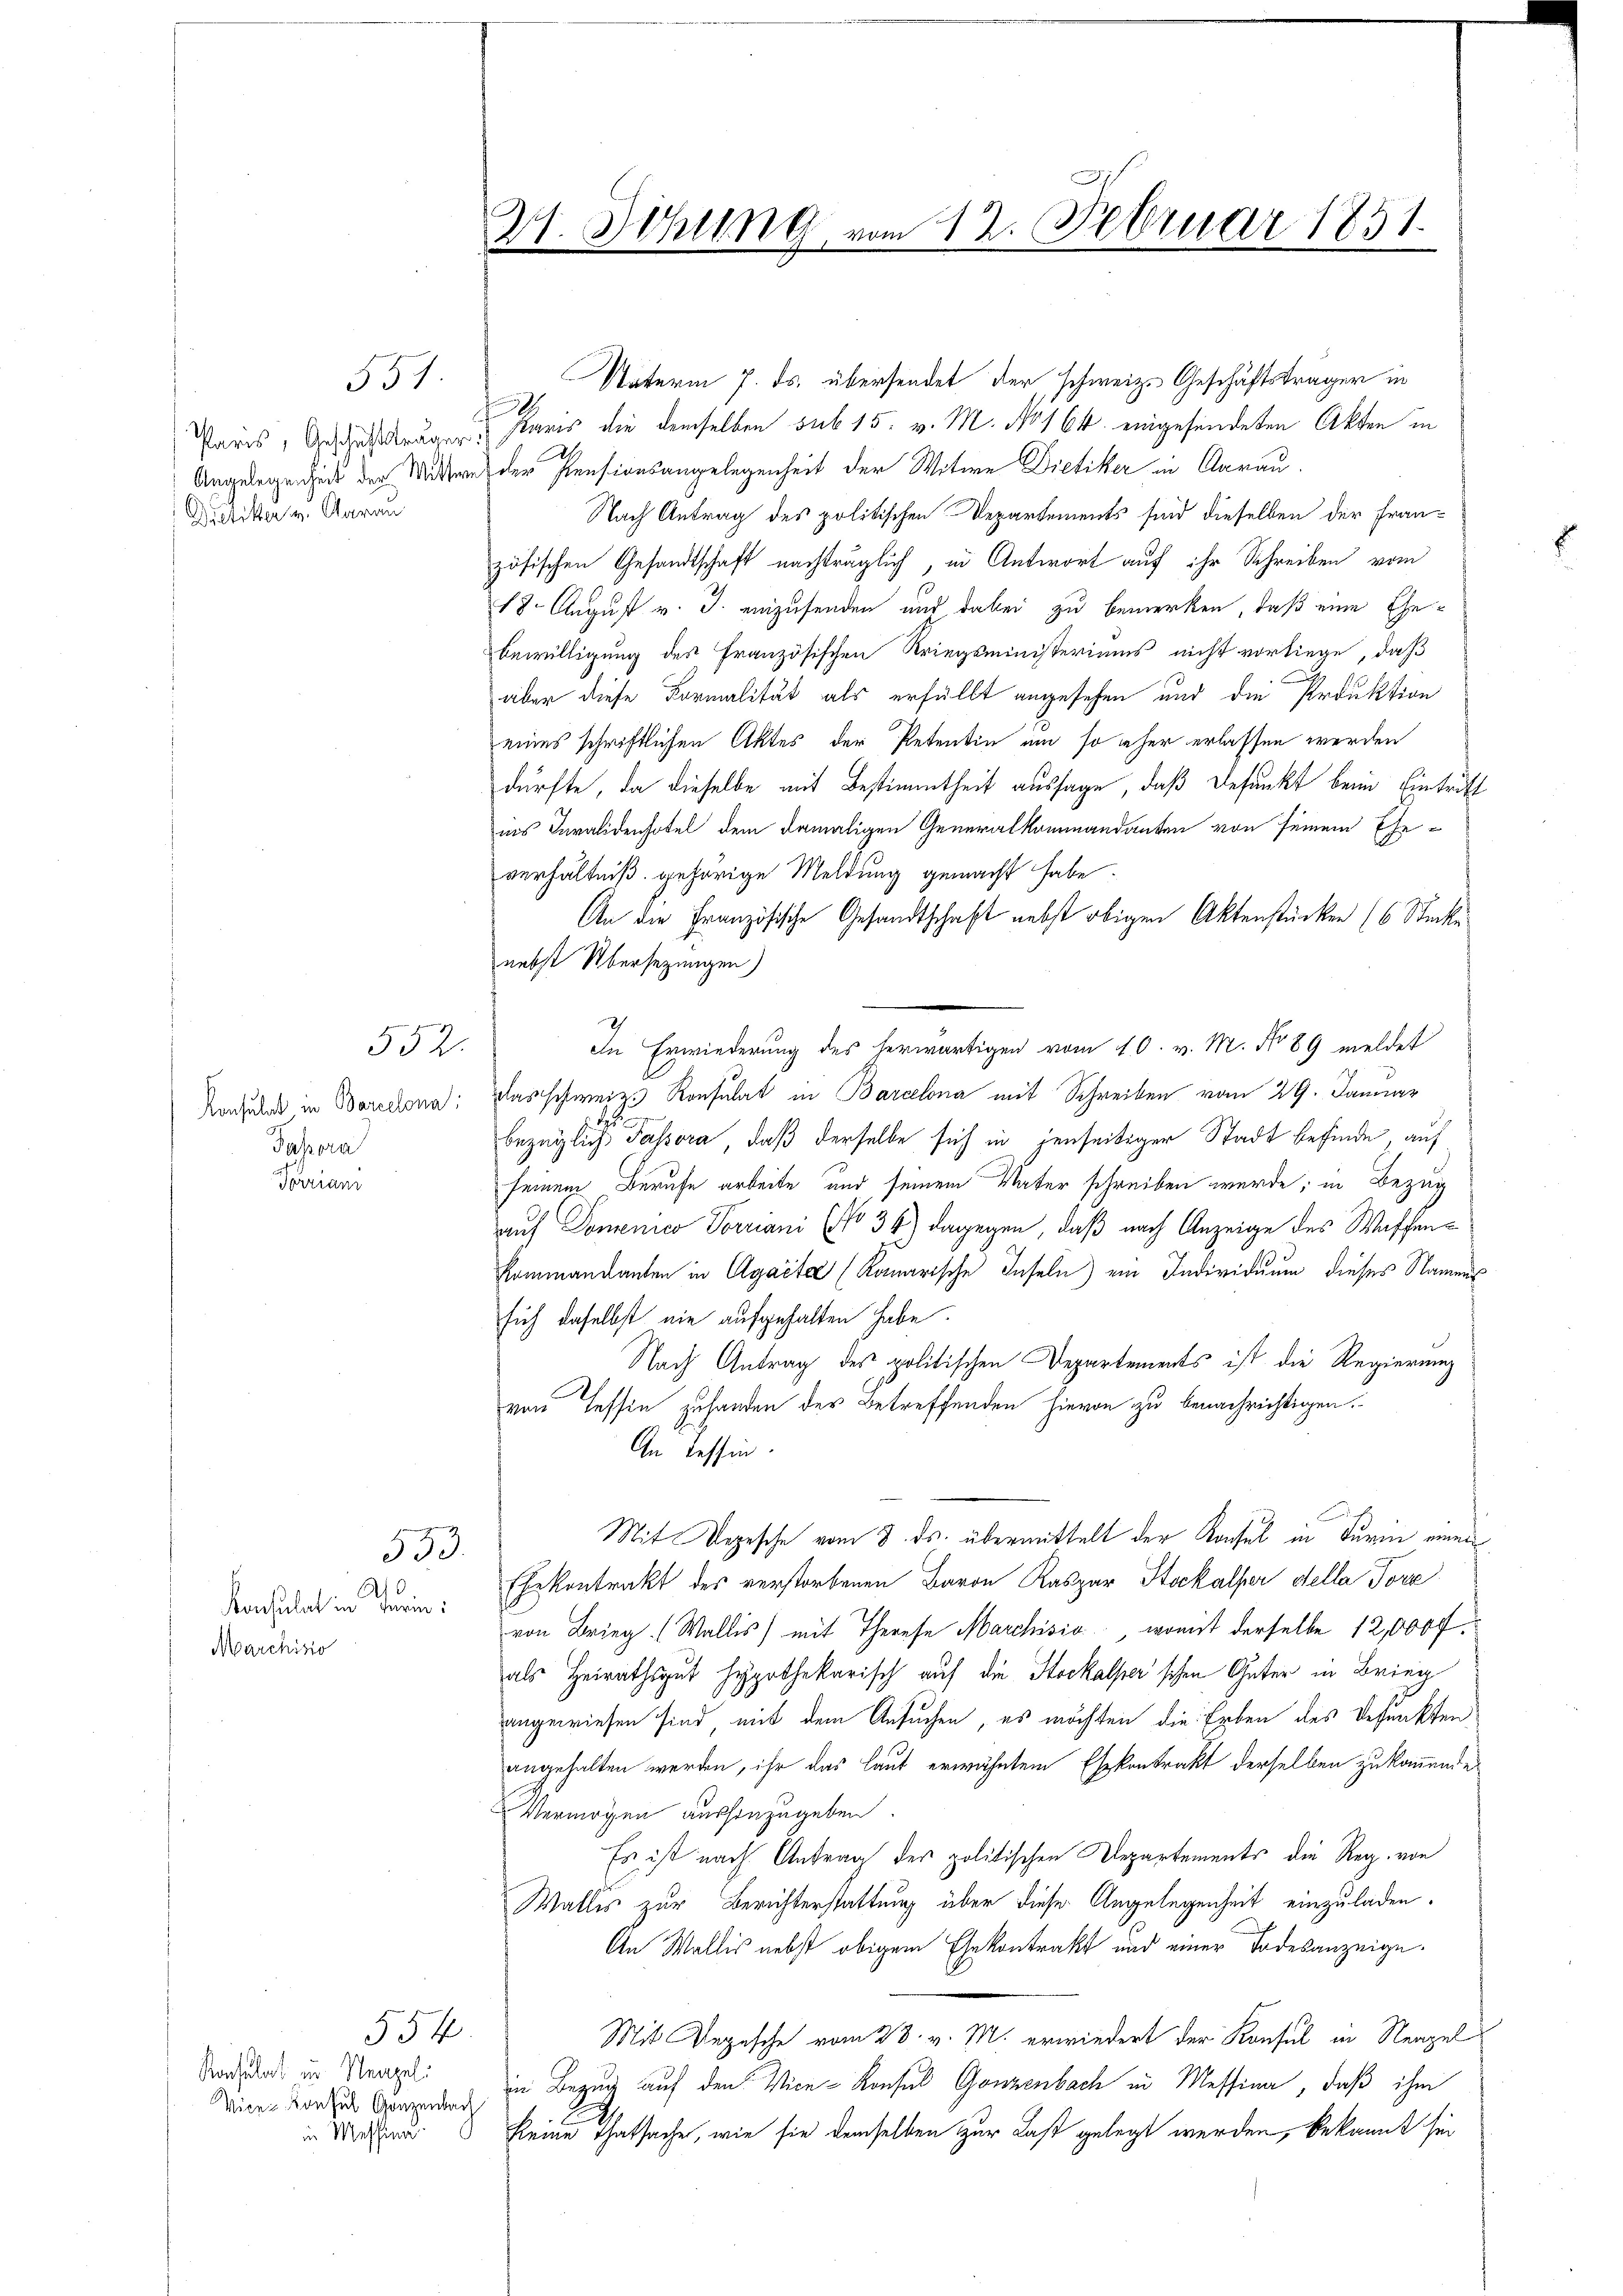
551.
Drelitter v. Aarau

Konsulat in Barcelona
Passora
Farian

552.

553.

Konsulat in Ferien:
Marchitio

554
Ratulat in Neapel.
Vice-Konsul Ganzenbach
in Messinn

Vaterm 7. ds. übersendet der schweiz. Geschäftsträger in
1
Paris, Gesaussagen Paris die demselben sub 15. v. M. No 164 eingesendeten Akten in
Angelegenheit der Mitte der Pensionsangelegenheit der Witwe Dietiker in Aarau
Nach Antrag des politischen Departements sind dieselben der Französischen Gesandtschaft nachträglich, in Antwort auf ihr Schreiben vom
18. August v. J. einzusenden und dabei zu bemerken, daß eine Ehe¬
Bewilligung des Französischen Kriegsministeriums nicht vorliege, daß
aber diese Formalität als erfüllt angesehen und die Produktion
eines schriftlichen Aktes der Petentin um so eher erlassen werden
dürfte, da dieselbe mit Bestimmtheit aussage, daß Befunkt beim Eintritt
ins Invalidenhotel dem damaligen Generalkommandanten von seinem Eheverhältniß gehörige Meldung gemacht habe.
An die Französische Gesandtschaft nebst obigen Aktenstücken 16 Stücke
nebst Übersetzungen)
In Erwiederung des herwärtigen vom 10. v. M. No 89 meldet
Das schweiz. Konsulat in Barcelona mit Schreiben vom 29. Januar
.
bezüglich Passora, daß derselbe sich in jenseitiger Stadt befinde, auf
seinem Berufe arbeite und seinem Vater schreiben wurde; in Bezug
auf Domenico Vorriani (No 34) dagegen, daß nach Anzeige des Waffen¬
Kommandanten in Agaite (Kanarische Inseln) ein Individuum dieses Namens
sich daselbst nie aufgehalten habe.
Nach Antrag des politischen Departements ist die Regierung
von Tessin zu handen der Betreffenden hievon zu benachrichtigen.
An Tessin.
Mit Vogesche vom 8. ds. übermittelt der Konsul in Turin einem
Ehekontrakt des verstorbenen Baron Kaspar Stockalser della Porz
von Brieg (Wallis) mit Therese Marchisio, womit derselbe 12,000 f.
als Heirathsgut hypothekarisch auf die Stockalser'schen Güter in Brieg
angewiesen sind, mit dem Ansuchen, es möchten die Erben des Befunkten
angehalten werden, ihr das laut erwähntem Ehekontrakt derselben zu kommende
Vermögen aushinzugeben.
Es ist nach Antrag der politischen Departements die Reg. von
Wallis zur Berichterstattung über diese Angelegenheit einzuladen.
An Wallis nebst obigem Ehekontrakt und einer Todesanzeige.
Mit Depesche vom 28. v. M. erwiedert der Konsul in Neapel
in Bezug auf den Vice-Konsul Gonzenbach in Messina, daß ihm
keine Thatsache, wie sie demselben zur Last gelegt werden, bekannt sei

V. Sitzung vom 12. Februar 1851.